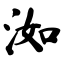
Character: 洳